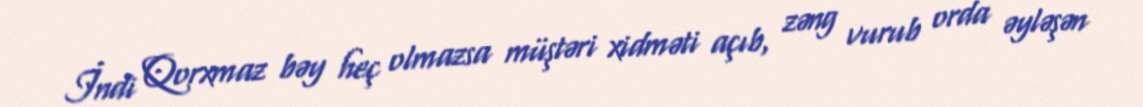
İndi Qorxmaz bəy heç olmazsa müştəri xidməti açıb, zəng vurub orda əyləşən